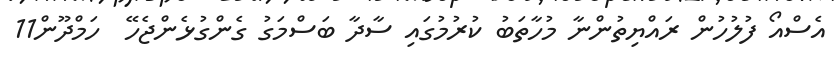
އެސްއޯ ފުލުހުން ރައްޔިތުންނާ މުހާތަބު ކުރުމުގައި ސާދާ ބަސްމަގު ގެންގުޅެންޖެހޭ  ހަމްދޫން11